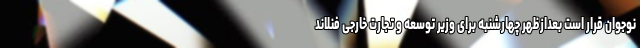
نوجوان قرار است بعدازظهر چهارشنبه برای وزیر توسعه و تجارت خارجی فنلاند